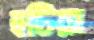
হটিয়া